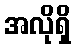
အလိုရှိ